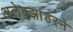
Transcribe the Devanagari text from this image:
अलेक्झांडरने